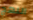
النهج